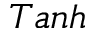
T a n h